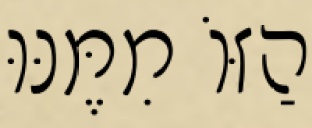
הַזּוֹ מִמֶּנּוּ